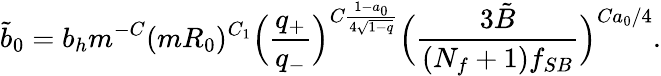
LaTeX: \tilde{b}_{0}=b_{h}m^{-C}(mR_{0})^{C_{1}}\Bigl({\frac{q_{+}}{q_{-}}}\Bigr)^{C{\frac{1-a_{0}}{4\sqrt{1-q}}}}\Bigl({\frac{3\tilde{B}}{(N_{f}+1)f_{SB}}}\Bigr)^{Ca_{0}/4}.